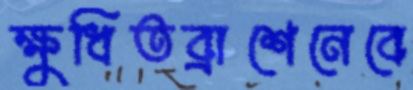
ক্ষুধিতব্রাশেনেবে